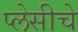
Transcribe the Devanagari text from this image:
प्लेसीचे